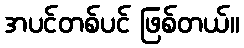
အပင်တစ်ပင် ဖြစ်တယ်။